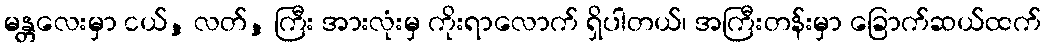
မန္တလေးမှာ ငယ်, လတ်, ကြီး အားလုံးမှ ကိုးရာလောက် ရှိပါတယ်၊ အကြီးတန်းမှာ ခြောက်ဆယ်ထက်